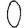
Digit: 0